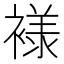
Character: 𰴄